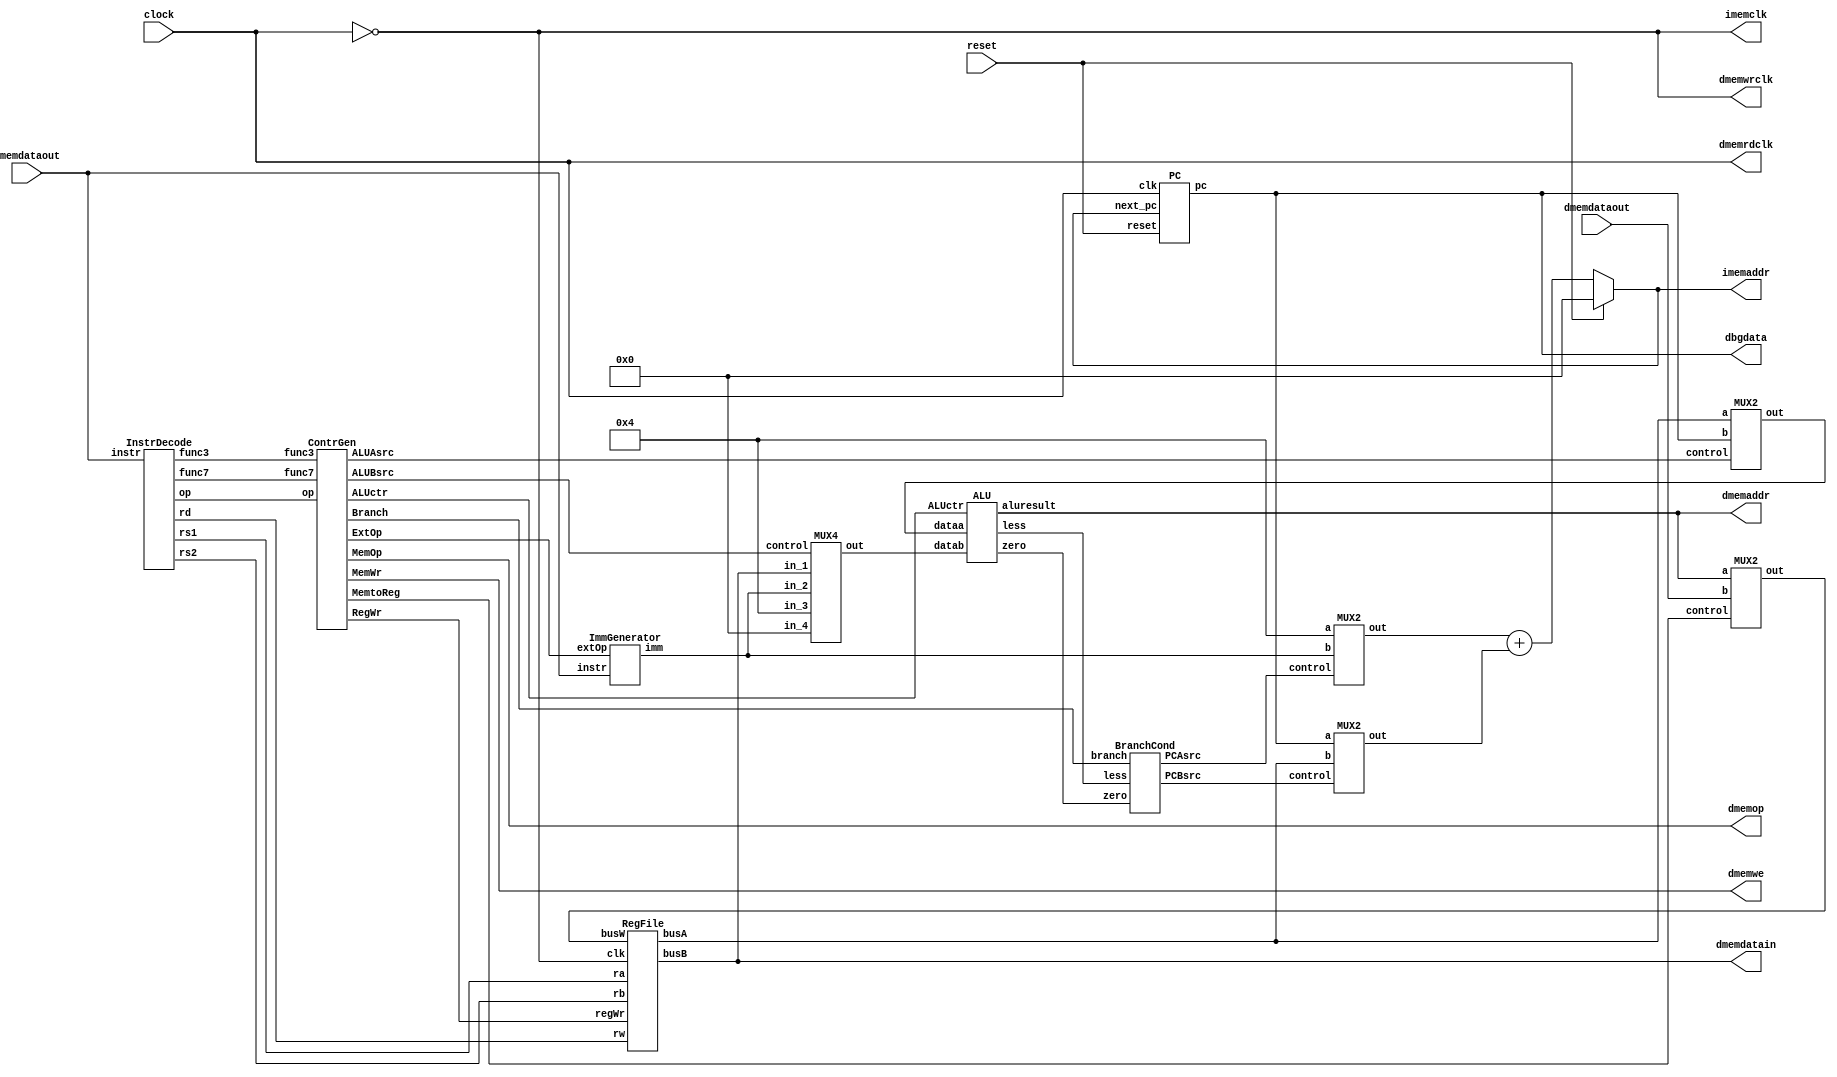
module rv32is(
	input 	clock,
	input 	reset,
	output [31:0] imemaddr,
	input  [31:0] imemdataout,
	output 	imemclk,
	output [31:0] dmemaddr,
	input  [31:0] dmemdataout,
	output [31:0] dmemdatain,
	output 	dmemrdclk,
	output	dmemwrclk,
	output [2:0] dmemop,
	output	dmemwe,
	output [31:0] dbgdata);
//add your code here

wire    [31:0]  pc;
wire    [31:0]  next_pc;
wire    [31:0]  instr;
wire    [31:0]  busW;
wire    [31:0]  rs1;
wire    [31:0]  rs2;
wire    [31:0]  imm;
wire    [31:0]  _cpu_pc_generator_mux_var_1;
wire    [31:0]  _cpu_pc_generator_mux_var_2;
wire    [31:0]  _cpu_alu_var_1;
wire    [31:0]  _cpu_alu_var_2;
wire    [31:0]  _alu_result;

wire    [4:0]   ra;
wire    [4:0]   rb;
wire    [4:0]   rd;
wire    [6:0]   op;  
wire    [2:0]   func3;
wire    [6:0]   func7;
wire    [2:0]   ExtOp;
wire            RegWr;
wire            ALUAsrc;
wire    [1:0]   ALUBsrc;
wire    [3:0]   ALUctr;
wire    [2:0]   Branch;
wire            MemtoReg;
wire            MemWr;
wire    [2:0]   MemOp;
wire            less;
wire            zero;
wire            PCAsrc;
wire            PCBsrc;

assign instr = imemdataout;
assign dmemop = MemOp;
assign dmemaddr = _alu_result;
assign dmemdatain = rs2;
assign dmemrdclk = clock;
assign dmemwrclk = ~clock;
assign imemclk = ~clock;
assign dmemwe = MemWr;
assign dbgdata = pc;

PC _cpu_pc(clock, reset, next_pc, pc);
InstrDecode _cpu_instr_decode(instr, op, ra, rb, rd, func3, func7);
RegFile myregfile(~clock, ra, rb, rd, busW, RegWr, rs1, rs2);
ImmGenerator _cpu_imm_generator(instr, ExtOp, imm);
ContrGen _cpu_control_generator(op, func3, func7, ExtOp, RegWr, ALUAsrc, ALUBsrc, ALUctr, Branch, MemtoReg, MemWr, MemOp);
ALU _cpu_alu(_cpu_alu_var_1, _cpu_alu_var_2, ALUctr, less, zero, _alu_result);
BranchCond _cpu_branch_condition(Branch, zero, less, PCAsrc, PCBsrc);

MUX2 _cpu_pc_generator_mux_1(32'b100, imm, PCAsrc, _cpu_pc_generator_mux_var_1);
MUX2 _cpu_pc_generator_mux_2(pc, rs1, PCBsrc, _cpu_pc_generator_mux_var_2);

MUX2 _cpu_alu_mux_1(rs1, pc, ALUAsrc, _cpu_alu_var_1);
MUX4 _cpu_alu_mux_2(rs2, imm, 32'b100, 32'b0, ALUBsrc, _cpu_alu_var_2);

MUX2 _cpu_dmem_mux(_alu_result, dmemdataout, MemtoReg, busW);

assign next_pc = !reset ? (_cpu_pc_generator_mux_var_1 + _cpu_pc_generator_mux_var_2) : 32'b0;
assign imemaddr = next_pc;

endmodule








module ALU(
	input [31:0] dataa,
	input [31:0] datab,
	input [3:0]  ALUctr,
	output less,
	output zero,
	output reg [31:0] aluresult);

//add your code here
	reg l = 0;
	reg z = 0;
	reg [31:0] temp[1:0];
	always @ (*) begin
		temp[0] = 32'b0;
		temp[1] = 32'b11111111111111111111111111111111;
		if(ALUctr == 4'b0)
			aluresult = dataa + datab;
		else if(ALUctr == 4'b1000)
			aluresult = dataa - datab;
		else if(ALUctr[2:0] == 3'b001)
			aluresult = dataa << datab[4:0];
		else if(ALUctr == 4'b0010) begin
			z = dataa == datab ? 1 : 0;
			if(dataa[31] == datab[31])
				aluresult = dataa < datab;
			else 
				aluresult = dataa > datab;
			l = aluresult[0];
		end
		else if(ALUctr == 4'b1010) begin
			z = dataa == datab ? 1 : 0;
			aluresult = dataa < datab;
			l = aluresult[0];
		end
		else if(ALUctr[2:0] == 3'b011)
			aluresult = datab;
		else if(ALUctr[2:0] == 3'b100)
			aluresult = dataa ^ datab;
		else if(ALUctr == 4'b0101)
			aluresult = dataa >> datab[4:0];
		else if(ALUctr == 4'b1101)
			aluresult = (dataa >> datab[4:0]) + (temp[dataa[31]] << (32 - datab[4:0]));
		else if(ALUctr[2:0] == 3'b110)
			aluresult = dataa | datab;
		else if(ALUctr[2:0] == 3'b111)
			aluresult = dataa & datab;
		if(ALUctr != 4'b0010 && ALUctr != 4'b1010)
			z = aluresult == 0 ? 1 : 0;
	end
	assign zero = z;
	assign less = l;

endmodule //ALU

module BranchCond (
    input   [2:0]   branch,
    input           zero,
    input           less,
    output          PCAsrc,
    output          PCBsrc  
);

assign PCAsrc = (~branch[2] & branch[0]) | 
                (~branch[1] & branch[0] & ~zero) | 
                (~branch[2] & branch[1]) | 
                (branch[1] & ~branch[0] & less) | 
                (branch[2] & ~branch[1] & ~branch[0] & zero) | 
                (branch[1] & branch[0] & ~less);

assign PCBsrc = (~branch[2] & branch[1] & ~branch[0]);

endmodule

module ContrGen (
    input   [6:0]   op,
    input   [2:0]   func3,
    input   [6:0]   func7,
    output  [2:0]   ExtOp,
    output          RegWr,
    output          ALUAsrc,
    output  [1:0]   ALUBsrc,
    output  [3:0]   ALUctr,
    output  [2:0]   Branch,
    output          MemtoReg,
    output          MemWr,
    output  [2:0]   MemOp
);

assign ExtOp =  ((~op[6] & ~op[5] & op[4] & ~op[3] & ~op[2]) | 
                 (op[6] & op[5] & ~op[4] & ~op[3] & op[2] & ~func3[2] & ~func3[1] & ~func3[0]) | 
                 (~op[6] & ~op[5] & ~op[4] & ~op[3] & ~op[2])) ? 3'b000 :
                (((~op[6] & op[5] & op[4] & ~op[3] & op[2]) | 
                  (~op[6] & ~op[5] & op[4] & ~op[3] & op[2])) ? 3'b001 :
                ((~op[6] & op[5] & ~op[4] & ~op[3] & ~op[2]) ? 3'b010 :
                ((op[6] & op[5] & ~op[4] & ~op[3] & ~op[2]) ? 3'b011 :
                ((op[6] & op[5] & ~op[4] & op[3] & op[2]) ? 3'b100 : 3'bxxx))));

assign RegWr =  ((op[6] & op[5] & ~op[4] & ~op[3] & ~op[2]) | 
                (~op[6] & op[5] & ~op[4] & ~op[3] & ~op[2])) ? 0 : 1;

assign Branch = (op[6] & op[5] & ~op[4] & op[3] & op[2]) ? 3'b001 :
                ((op[6] & op[5] & ~op[4] & ~op[3] & op[2]) ? 3'b010 :
                ((op[6] & op[5] & ~op[4] & ~op[3] & ~op[2] & ~func3[2] & ~func3[1] & ~func3[0]) ? 3'b100 :
                ((op[6] & op[5] & ~op[4] & ~op[3] & ~op[2] & ~func3[2] & ~func3[1] & func3[0]) ? 3'b101 :
                ((op[6] & op[5] & ~op[4] & ~op[3] & ~op[2] & func3[2] & ~func3[0]) ? 3'b110 :
                ((op[6] & op[5] & ~op[4] & ~op[3] & ~op[2] & func3[2] & func3[0]) ? 3'b111 : 3'b000)))));

assign MemtoReg = ~op[6] & ~op[5] & ~op[4] & ~op[3] & ~op[2];

assign MemWr = ~op[6] & op[5] & ~op[4] & ~op[3] & ~op[2];

assign MemOp = (~op[6] & ~op[4] & ~op[3] & ~op[2]) ? func3 : 3'bxxx;

assign ALUAsrc = (op[6] & op[5] & ~op[4] & op[2]) | (~op[6] & ~op[5] & op[4] & ~op[3] & op[2]);

assign ALUBsrc = ((~op[6] & op[5] & op[4] & ~op[3] & ~op[2]) | 
                 (op[6] & op[5] & ~op[4] & ~op[3] & ~op[2])) ? 2'b00 :
                 (((~op[6] & ~op[5] & op[4] & ~op[3]) |
                   (~op[6] & ~op[4] & ~op[3] & ~op[2]) | 
                   (~op[6] & op[5] & op[4] & ~op[3] & op[2])) ? 2'b01 :
                 ((op[6] & op[5] & ~op[4] & op[2]) ? 2'b10 : 2'bxx));

assign ALUctr[3] =  (~op[6] & ~op[5] & op[4] & ~op[3] & ~op[2] & ((~func3[2] & func3[1] & func3[0]) | (func3[2] & ~func3[1] & func3[0] & func7[5]))) |
                    (~op[6] & op[5] & op[4] & ~op[3] & ~op[2] & ((~func3[2] & func3[1] & func3[0]) | (func7[5] & ((~func3[2] & ~func3[1] & ~func3[0]) | (func3[2] & ~func3[1] & func3[0]))))) |
                    (op[6] & op[5] & ~op[4] & ~op[3] & ~op[2] & func3[2] & func3[1]);

assign ALUctr[2] =  ~op[6] & op[4] & ~op[3] & ~op[2] & func3[2];

assign ALUctr[1] =  (~op[6] & op[5] & op[4] & ~op[3] & op[2]) | 
                    (~op[6] & op[4] & ~op[3] & ~op[2] & func3[1]) |
                    (op[6] & op[5] & ~op[4] & ~op[3] & ~op[2]);

assign ALUctr[0] =  (~op[6] & op[5] & op[4] & ~op[3] & op[2]) | 
                    (~op[6] & ~op[5] & op[4] & ~op[3] & ~op[2] & 
                        ((func3[2] & func3[0]) | 
                        (~func3[2] & ~func3[1] & func3[0] & ~func7[5]))) |
                    (~op[6] & op[5] & op[4] & ~op[3] & ~op[2] & 
                        ((~func3[2] & ~func3[1] & func3[0] & ~func7[5]) | 
                        (func3[2] & func3[0])));

endmodule //ContrGen

module ImmGenerator (
    input  [31:0] instr,
    input  [2:0]  extOp,
    output [31:0] imm
);

wire [31:0] immI;
wire [31:0] immU;
wire [31:0] immS;
wire [31:0] immB;
wire [31:0] immJ;

assign immI = {{20{instr[31]}}, instr[31:20]};
assign immU = {instr[31:12], 12'b0};
assign immS = {{20{instr[31]}}, instr[31:25], instr[11:7]};
assign immB = {{20{instr[31]}}, instr[7], instr[30:25], instr[11:8], 1'b0};
assign immJ = {{12{instr[31]}}, instr[19:12], instr[20], instr[30:21], 1'b0};


assign imm = extOp == 0 ? immI : (extOp == 1 ? immU : (extOp == 2 ? immS : (extOp == 3 ? immB : (extOp == 4 ? immJ : 0))));

endmodule


module InstrDecode (
    input   [31:0]  instr,
    output  [6:0]   op,
    output  [4:0]   rs1,
    output  [4:0]   rs2,
    output  [4:0]   rd,
    output  [2:0]   func3,
    output  [6:0]   func7
);

assign op       = instr[6:0];
assign rs1      = instr[19:15];
assign rs2      = instr[24:20];
assign rd       = instr[11:7];
assign func3    = instr[14:12];
assign func7    = instr[31:25];


endmodule //InstrEncode

module MUX2 (
    input   [31:0]  a,
    input   [31:0]  b,
    input           control,
    output  [31:0]  out
);

assign out = (control == 0) ? a : b;

endmodule //MUX2

module MUX4 (
    input   [31:0]  in_1,
    input   [31:0]  in_2,
    input   [31:0]  in_3,
    input   [31:0]  in_4,
    input   [1:0]   control,
    output  [31:0]  out
);

assign out = (control == 0 ? in_1 : (control == 1 ? in_2 : (control == 2 ? in_3 : in_4)));

endmodule //MUX4

module PC (
    input clk,
    input reset,
    input [31:0] next_pc,
    output reg [31:0] pc
);

always @(negedge clk) begin
    if(reset)
        pc <= 32'b0;
    else
        pc <= next_pc;
end

endmodule //PC

module RegFile(clk, ra, rb, rw, busW, regWr, busA, busB);
input               clk;
input       [4:0]   ra;
input       [4:0]   rb;
input       [4:0]   rw;
input       [31:0]  busW;
input               regWr;
output      [31:0]  busA;
output      [31:0]  busB;

reg [31:0] regs[31:0];
integer i;

initial begin
    regs[0] = 32'b0;
end
assign busB = regs[rb];
assign busA = regs[ra];


always @(posedge clk) begin
    if(regWr)
        regs[rw] <= busW;
    regs[0] <= 32'b0;
end

endmodule